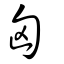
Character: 匈